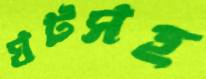
ঘটসহ